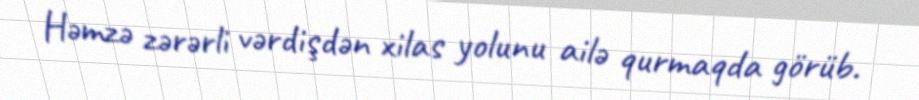
Həmzə zərərli vərdişdən xilas yolunu ailə qurmaqda görüb.